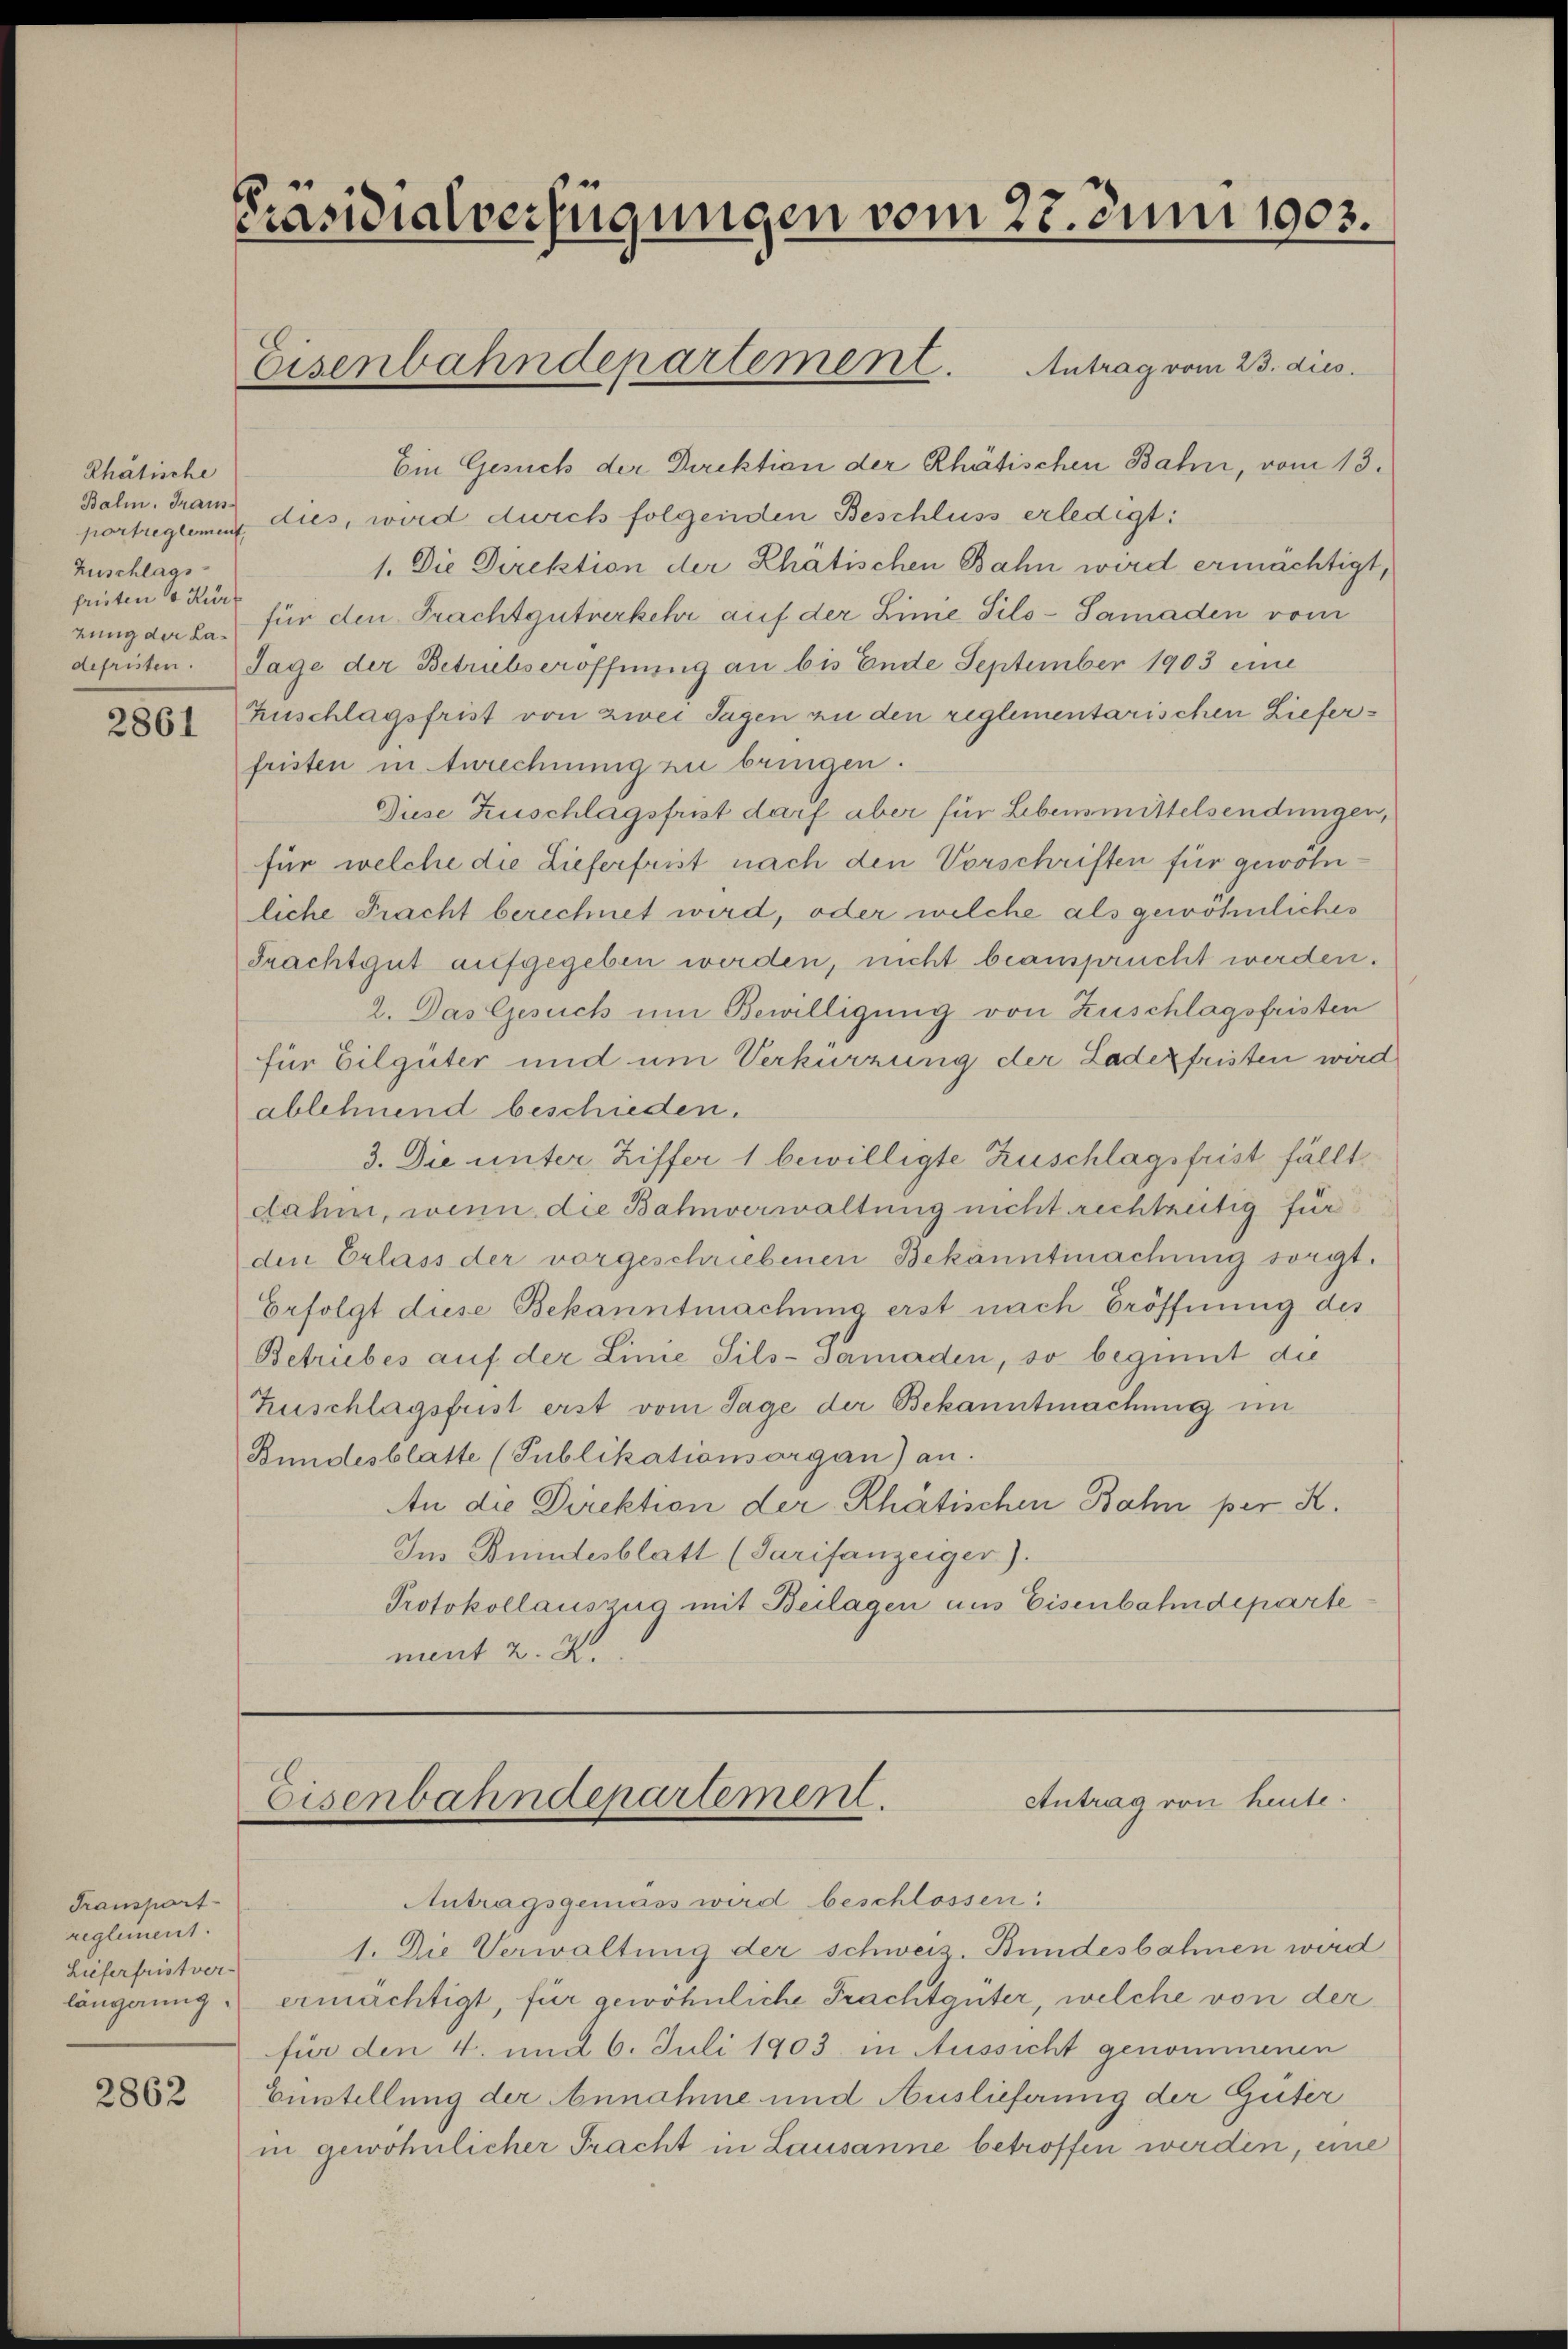
Rhätische
portreglement,
Zuschlags-
früsten v Kur¬

2861

Transpart
reglement.
Lieferfristver-
längerung.

2862

Präsidialverfügungen vom 22. Juni 1903.
Eisenbahndepartement. Antrag vom 23. dies

Ein Gesuch der Direktion der Rhätischen Bahn, vom 13.
Bahn. Tram dies, wird durch folgenden Beschluss erledigt:
1. Die Direktion der Rhätischen Bahn wird ermächtigt,
rung der la für den Frachtgutverkehr auf der Linie Sils-Samaden vom
defristen. Tage der Betrübseröffnung an bis Ende September 1903 eine
Zuschlagsfrist von zwei Tagen zu den reglementarischen Lieferfristen in Anrechnung zu bringen.
Diese Zuschlagsfrist darf aber für Lebensmittelsendungen,
für welche die Lieferfrist nach den Vorschriften für gewohliche Fracht berechnet wird, oder welche als gewöhnliches
Frachtgut aufgegeben werden, nicht beansprucht werden.
2. Das Gesuch um Bewilligung von Zuschlagsfristen
für Eilgüter und um Verkürzung der Laderfristen wird
ablehnend beschieden.
3. Die unter Ziffer 1 bewilligte Zuschlagsfrist fällt.
dahin, wenn die Bahnverwaltung nicht rechtzeitig für
den Erlass der vorgeschriebenen Bekanntmachung sorgt.
Erfolgt diese Bekanntmachung erst nach Eröffnung des
Betriebes auf der Linie Sils-Samaden, so beginnt die
Zuschlagsfrist erst vom Tage der Bekanntmachung im
Bundesblatte (Publikationsorgan) an.
An die Direktion der Rhätischen Bahn per K.
Im Bundesblatt (Tarifanzeiger).
Protokollauszug mit Beilagen aus Eisenbahndeparte
ment 2. X.

Eisenbahndepartement.
Antrag von heute.

Antragsgemäss wird beschlossen:
1. Die Verwaltung der schweiz. Bundesbahnen wird
ermächtigt, für gewöhnliche Frachtgüter, welche von der
für den 4. und 6. Juli 1903 in Aussicht genommenen
Einstellung der Annahme und Auslieferung der Güter
in gewöhnlicher Fracht in Lausanne betroffen werden, eine